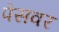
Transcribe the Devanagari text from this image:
पेसवर